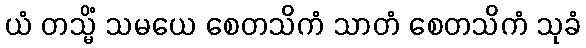
ယံ တသ္မိံ သမယေ စေတသိကံ သာတံ စေတသိကံ သုခံ